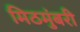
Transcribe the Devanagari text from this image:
मिठमुंबरी